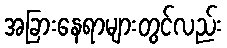
အခြားနေရာများတွင်လည်း